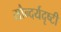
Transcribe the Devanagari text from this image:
सौन्दर्यदृष्टी